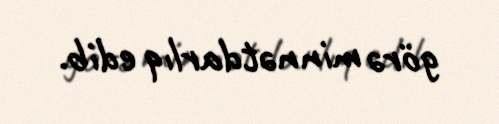
görə minnətdarlıq edib.